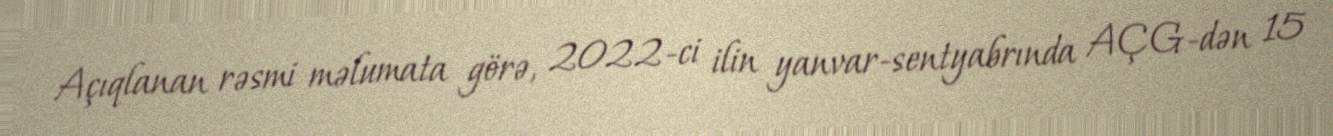
Açıqlanan rəsmi məlumata görə, 2022-ci ilin yanvar-sentyabrında AÇG-dən 15